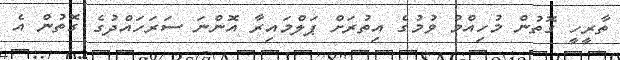
ތާރީހީ ގޮތުން މުހިއްމު ވުމުގެ އިތުރަށް ޕަލްމައިރާ އޮންނަ ސަރަހައްދުގެ ގޮތުން އެ